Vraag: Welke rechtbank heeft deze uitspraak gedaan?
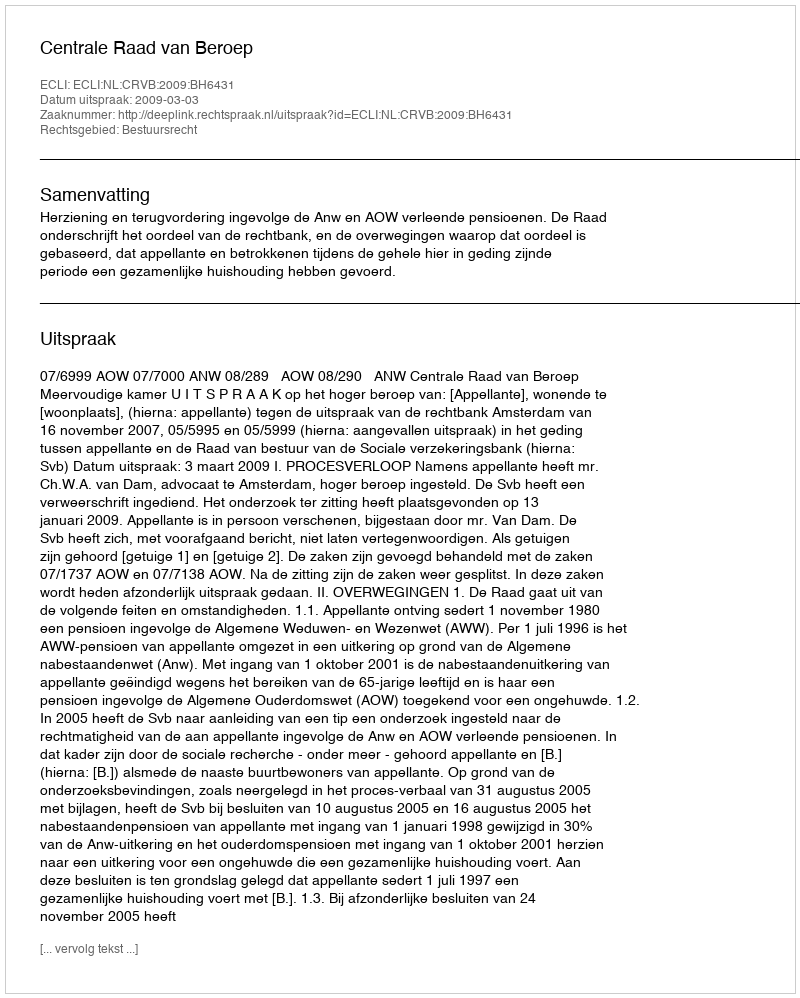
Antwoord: Centrale Raad van Beroep